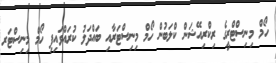
ހޯމް މިނިސްޓްރީގެ ރިކްރިއޭޝަން ކްލަބުން ހޯމް މިނިސްޓަރާއި ބައްދަލު ކުރައްވައިފި ހޯމް މިނިސްޓަރ